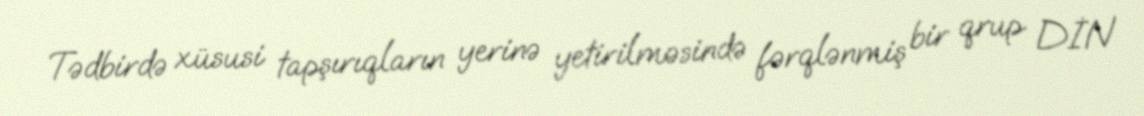
Tədbirdə xüsusi tapşırıqların yerinə yetirilməsində fərqlənmiş bir qrup DİN